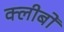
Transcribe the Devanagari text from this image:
क्लीबों